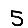
Digit: 5